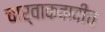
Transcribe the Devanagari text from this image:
चार्वाकवादीच